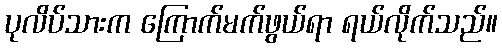
ပုလိပ်သားက ကြောက်မက်ဖွယ်ရာ ရယ်လိုက်သည်။